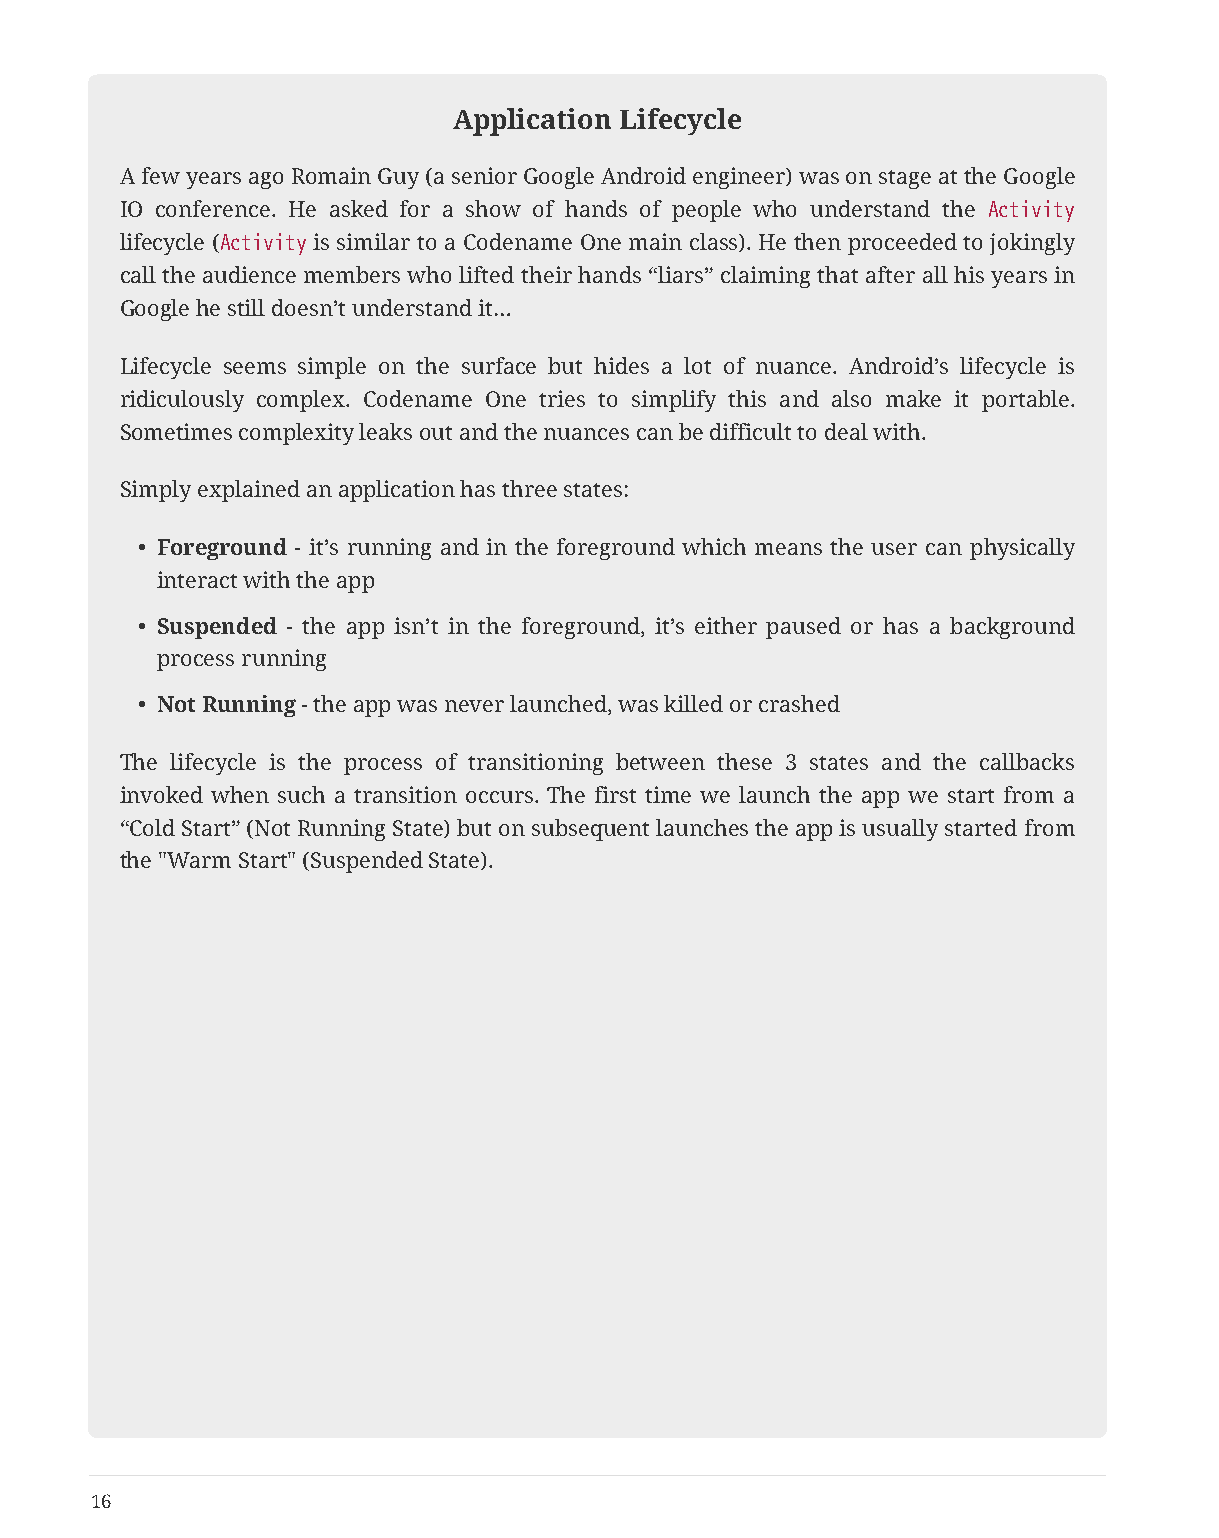
Application Lifecycle
 A few years ago Romain Guy (a senior Google Android engineer) was on stage at the Google
 IO conference. He asked for a show of hands of people who understand the Activity
 lifecycle (Activity is similar to a Codename One main class). He then proceeded to jokingly
 call the audience members who lifted their hands “liars” claiming that after all his years in
 Google he still doesn’t understand it…
 Lifecycle seems simple on the surface but hides a lot of nuance. Android’s lifecycle is
 ridiculously complex. Codename One tries to simplify this and also make it portable.
 Sometimes complexity leaks out and the nuances can be difficult to deal with.
 Simply explained an application has three states:
 • Foreground - it’s running and in the foreground which means the user can physically
 interact with the app
 • Suspended - the app isn’t in the foreground, it’s either paused or has a background
 process running
 • Not Running - the app was never launched, was killed or crashed
 The lifecycle is the process of transitioning between these 3 states and the callbacks
 invoked when such a transition occurs. The first time we launch the app we start from a
 “Cold Start” (Not Running State) but on subsequent launches the app is usually started from
 the "Warm Start" (Suspended State).
 16